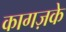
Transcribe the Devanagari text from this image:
कागज़के